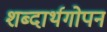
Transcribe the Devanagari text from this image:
शब्दार्थगोपन